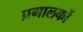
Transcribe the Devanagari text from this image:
प्रगालकों